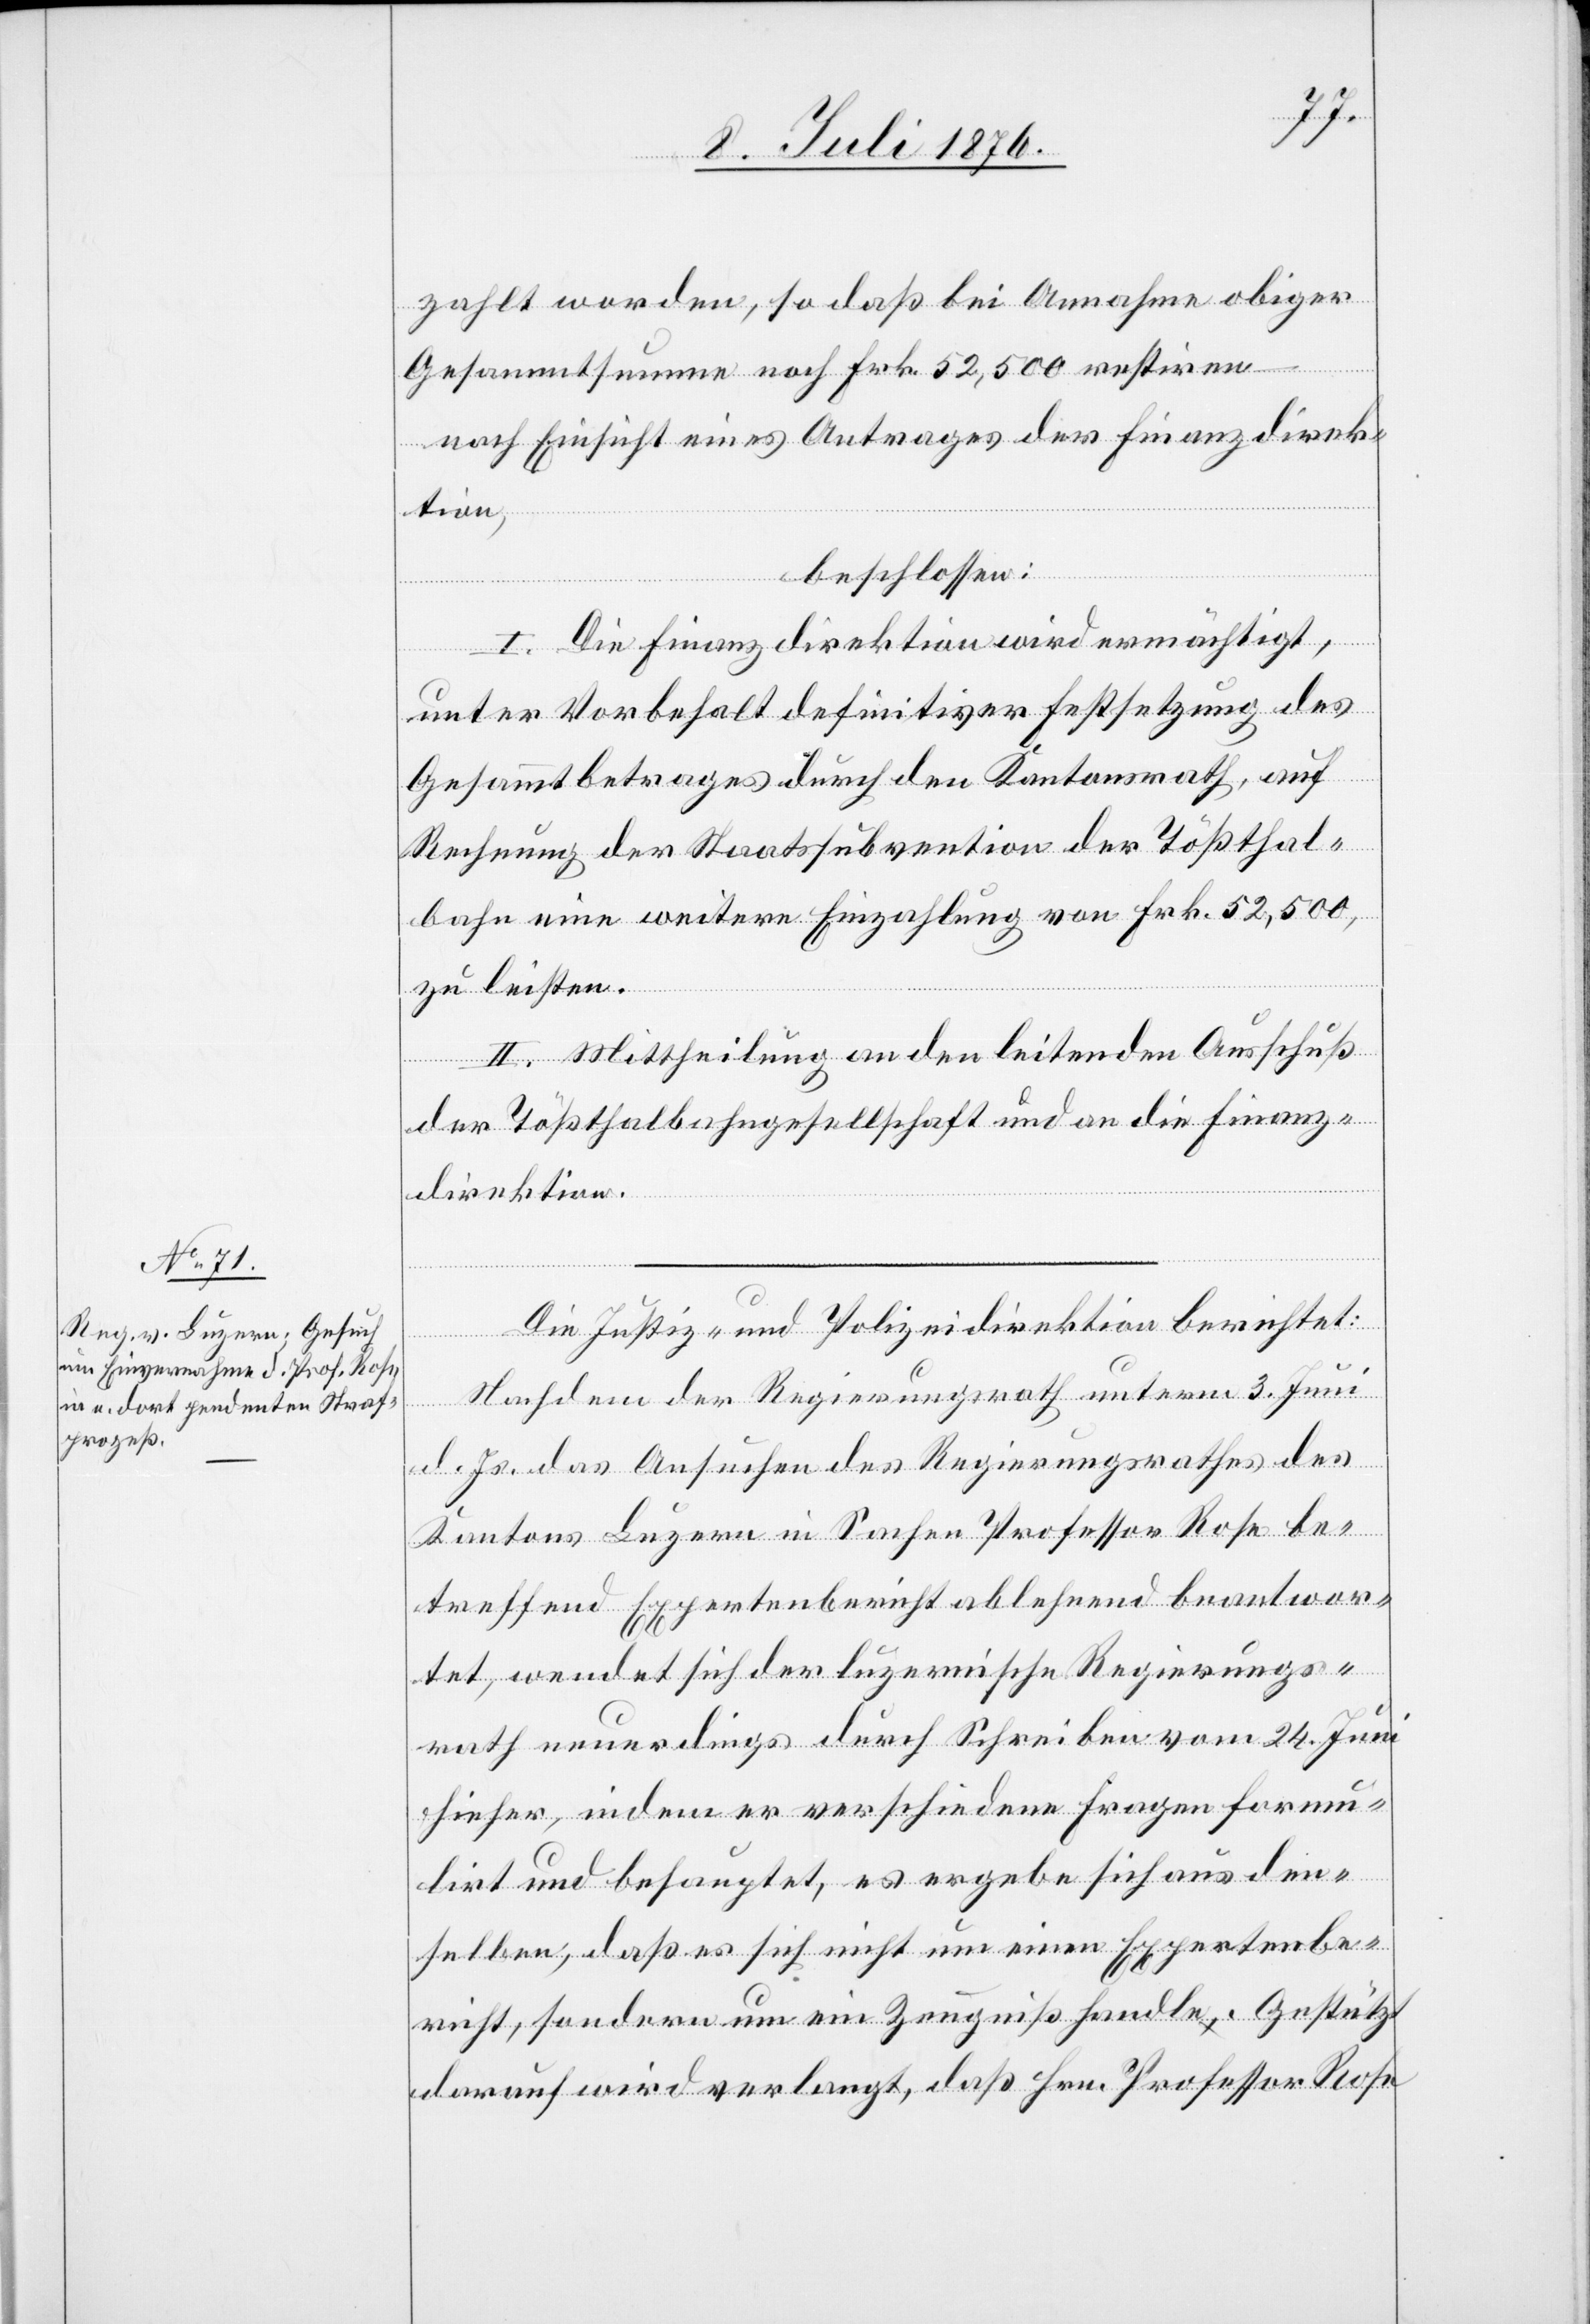
zahlt worden, so da bei Annahme obiger
Gesammtsumme noch Frk. 52,500 restiren
nach Einsicht eines Antrages der Finanzdirek¬
tion,
beschlossen:
I. Die Finanzdirektion wird ermächtigt,
unter Vorbehalt definitiver Festsetzung des
Gesammtbetrages durch den Kantonsrath, auf
Rechnung der Staatssubvention der Tößthal¬
bahn eine weitere Einzahlung von Frk. 52,500,
zu leisten.
II. Mittheilung an den leitenden Ausschuß
der Tößthalbahngesellschaft und an die Finanz¬
direktion.
Die Justiz- und Polizeidirektion berichtet:
Nachdem der Regierungsrath unterm 3. Juni
d. Js. das Ansuchen des Regierungsrathes des
Kantons Luzern in Sachen Professor Rose be¬
treffend Expertenbericht ablehnend beantwor¬
tet, wendet sich der luzernische Regierungs¬
rath neuerdings durch Schreiben vom 24. Juni
hieher, indem er verschiedene Fragen formu¬
lirt und behauptet, es ergebe sich aus den¬
selben, daß es sich nicht um einen Expertenbe¬
richt, sondern um ein Zeugniß handle. Gestützt
darauf wird verlangt, daß Hrn. Professor Rose